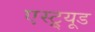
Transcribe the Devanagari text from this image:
एस्ट्र्यूड